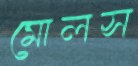
মোলস